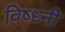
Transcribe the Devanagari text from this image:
विष्ध्नी